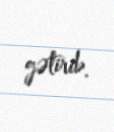
gətirib.